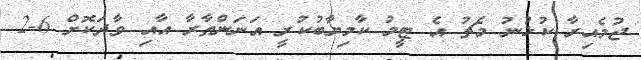
ޖުމެއިރާ ކުޅުނު މެޗު އެ ޓީމު ކާމިޔާބުކުރީ އަނަންތާރާ އާއި ވާދަކޮށް 6-2